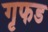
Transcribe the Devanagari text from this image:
गृफड